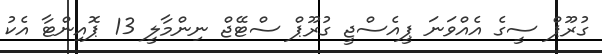
ގުރޫޕް ސީގެ އެއްވަނަ ޕީއެސްޖީ ގުރޫޕް ސްޓޭޖް ނިންމާލީ 13 ޕޮއިންޓާ އެކު